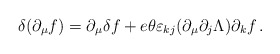
\begin{align*}\delta(\partial_\mu f) = \partial_\mu \delta f + e\theta\varepsilon_{kj}(\partial_\mu \partial_j \Lambda )\partial_k f \, .\end{align*}